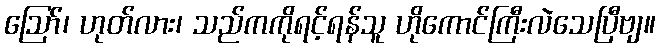
ဪ၊ ဟုတ်လား၊ သည်ကကိုရင့်ရန်သူ ဟိုကောင်ကြီးလဲသေပြီဗျ။